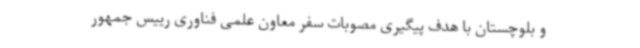
و بلوچستان با هدف پیگیری مصوبات سفر معاون علمی ‌فناوری رییس جمهور